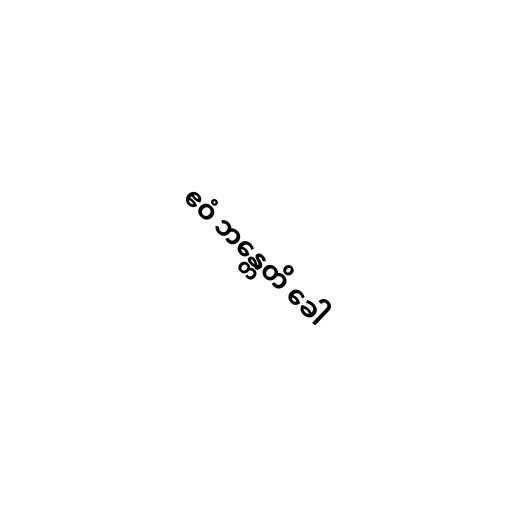
ဧဝံ ဘန္တေတိ ခေါ